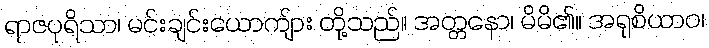
ရာဇပုရိသာ၊ မင်းချင်းယောကျ်ား တို့သည်။ အတ္တနော၊ မိမိ၏။ အရုစိယာဝ၊